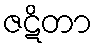
ဇဋိတာ